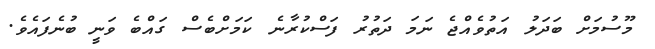
މޫސުމަށް ބަދަލު އަތުވެއްޖެ ނަމަ ދަތުރު ފަސްކުރާނެ ކަމަށްބެސް ގައްބެ ވަނީ ބުނެފައެވެ.